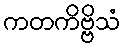
ကတကိဗ္ဗိသံ